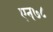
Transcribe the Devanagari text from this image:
एन७८